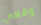
وقعي